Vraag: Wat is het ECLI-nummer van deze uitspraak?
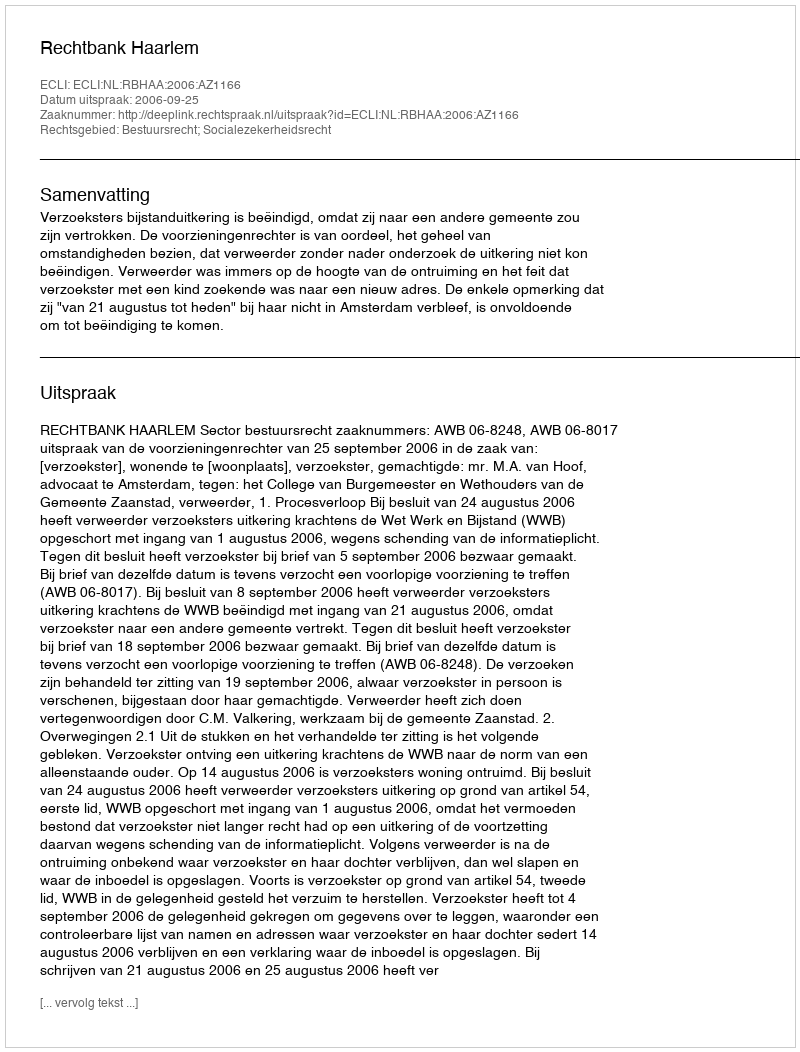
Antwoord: ECLI:NL:RBHAA:2006:AZ1166